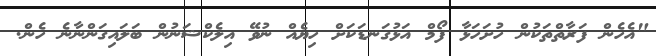
"އެހެން ފަރާތްތަކުން ހުށަހަޅާ ފޯމް އަޅުގަނޑަކަށް ހިޔެއް ނުވޭ އިލެކްޝަނުން ބަލައިގަންނާނެ ހެން.